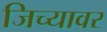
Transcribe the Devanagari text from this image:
जिच्यावर